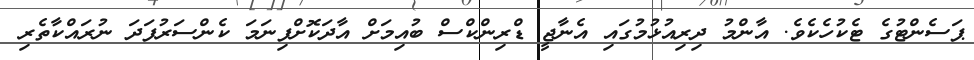
ޕަސެންޓުގެ ޓެކުހެކެވެ. އާންމު ދިރިއުޅުމުގައި އެނާޖީ ޑްރިންކްސް ބުއިމަށް އާދަކޮށްފިނަމަ ކެންސަރުފަދަ ނުރައްކާތެރި